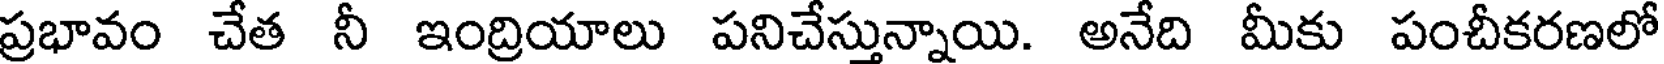
ప్రభావం చేత నీ ఇంద్రియాలు పనిచేస్తున్నాయి. అనేది మీకు పంచీకరణలో